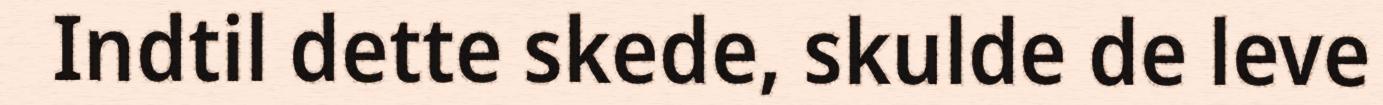
Indtil dette skede, skulde de leve